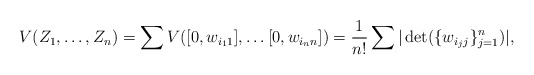
\begin{align*}V(Z_1, \dots, Z_n)=\sum V([0, w_{i_11}],\dots [0, w_{i_nn}])= \frac{1}{n!}\sum|\det(\{w_{i_jj}\}_{j=1}^n)|,\end{align*}